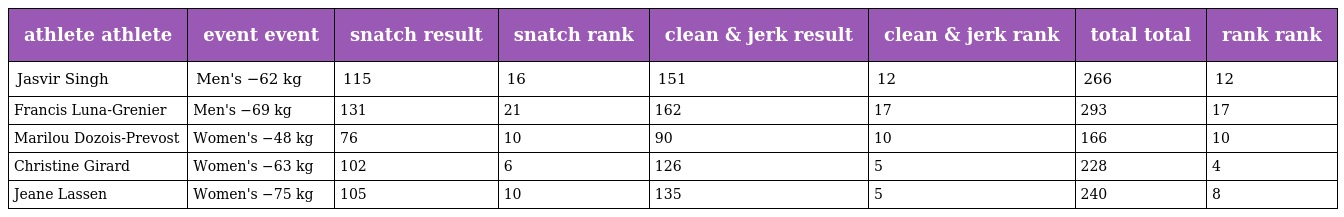
| athlete athlete | event event | snatch result | snatch rank | clean & jerk result | clean & jerk rank | total total | rank rank |
 | --- | --- | --- | --- | --- | --- | --- | --- |
 | Jasvir Singh | Men's −62 kg | 115 | 16 | 151 | 12 | 266 | 12 |
 | Francis Luna-Grenier | Men's −69 kg | 131 | 21 | 162 | 17 | 293 | 17 |
 | Marilou Dozois-Prevost | Women's −48 kg | 76 | 10 | 90 | 10 | 166 | 10 |
 | Christine Girard | Women's −63 kg | 102 | 6 | 126 | 5 | 228 | 4 |
 | Jeane Lassen | Women's −75 kg | 105 | 10 | 135 | 5 | 240 | 8 |